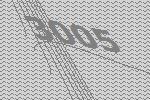
3005